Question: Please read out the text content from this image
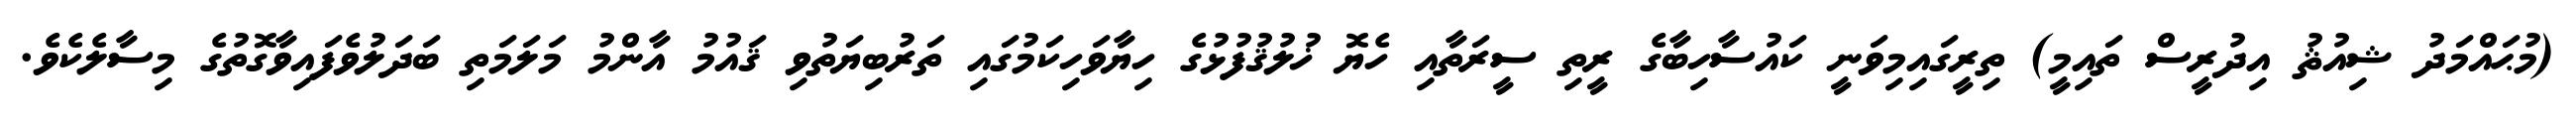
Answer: (މުޙައްމަދު ޝިއުޘު އިދުރީސް ތައިމީ) ތިރީގައިމިވަނީ ކައުސާހިބާގެ ރީތި ސީރަތާއި ހެޔޮ ޚުލުޤުފުޅުގެ ހިޔާވަހިކަމުގައި ތަރުބިޔަތުވި ޤައުމު އާންމު މަލަމަތި ބަދަލުވެފައިވާގޮތުގެ މިސާލެކެވެ.